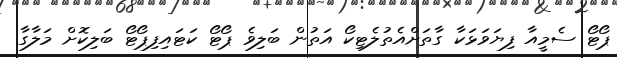
ޕޯޓޯ ސެމީއާ ފިޔަވަޅަކާ ގާތަށްއެތުލެޓިކޯ އަތުން ބަލިވެ ޕޯޓޯ ކަޓައިފިޕޯޓޯ ބަލިކޮށް މަލާގާ